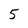
Character: 5